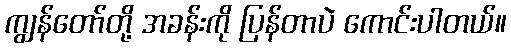
ကျွန်တော်တို့ အခန်းကို ပြန်တာပဲ ကောင်းပါတယ်။